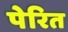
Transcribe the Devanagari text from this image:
पेरित